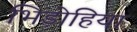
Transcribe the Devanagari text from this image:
भिड़ोहिया